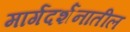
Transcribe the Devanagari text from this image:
मार्गदर्शनातील